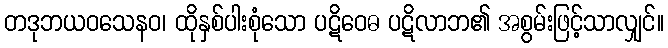
တဒုဘယဝသေနဝ၊ ထိုနှစ်ပါးစုံသော ပဋိဝေဓ ပဋိလာဘ၏ အစွမ်းဖြင့်သာလျှင်။